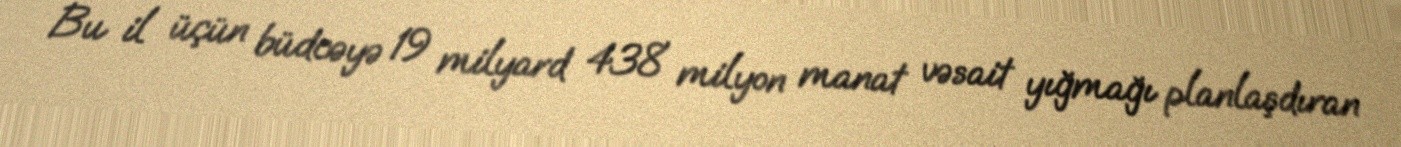
Bu il üçün büdcəyə 19 milyard 438 milyon manat vəsait yığmağı planlaşdıran